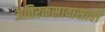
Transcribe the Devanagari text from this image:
अतिरक्तस्रावासाठी